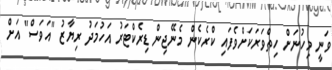
ވަނީ މިހުނަށް ހިތްވަރަކަށްވެފައި ކްރެކެން މެނޭޖިން ޑިރެކްޓަރު އަހުމަދު ރިޔާޒު "އަވަސް" އަށް